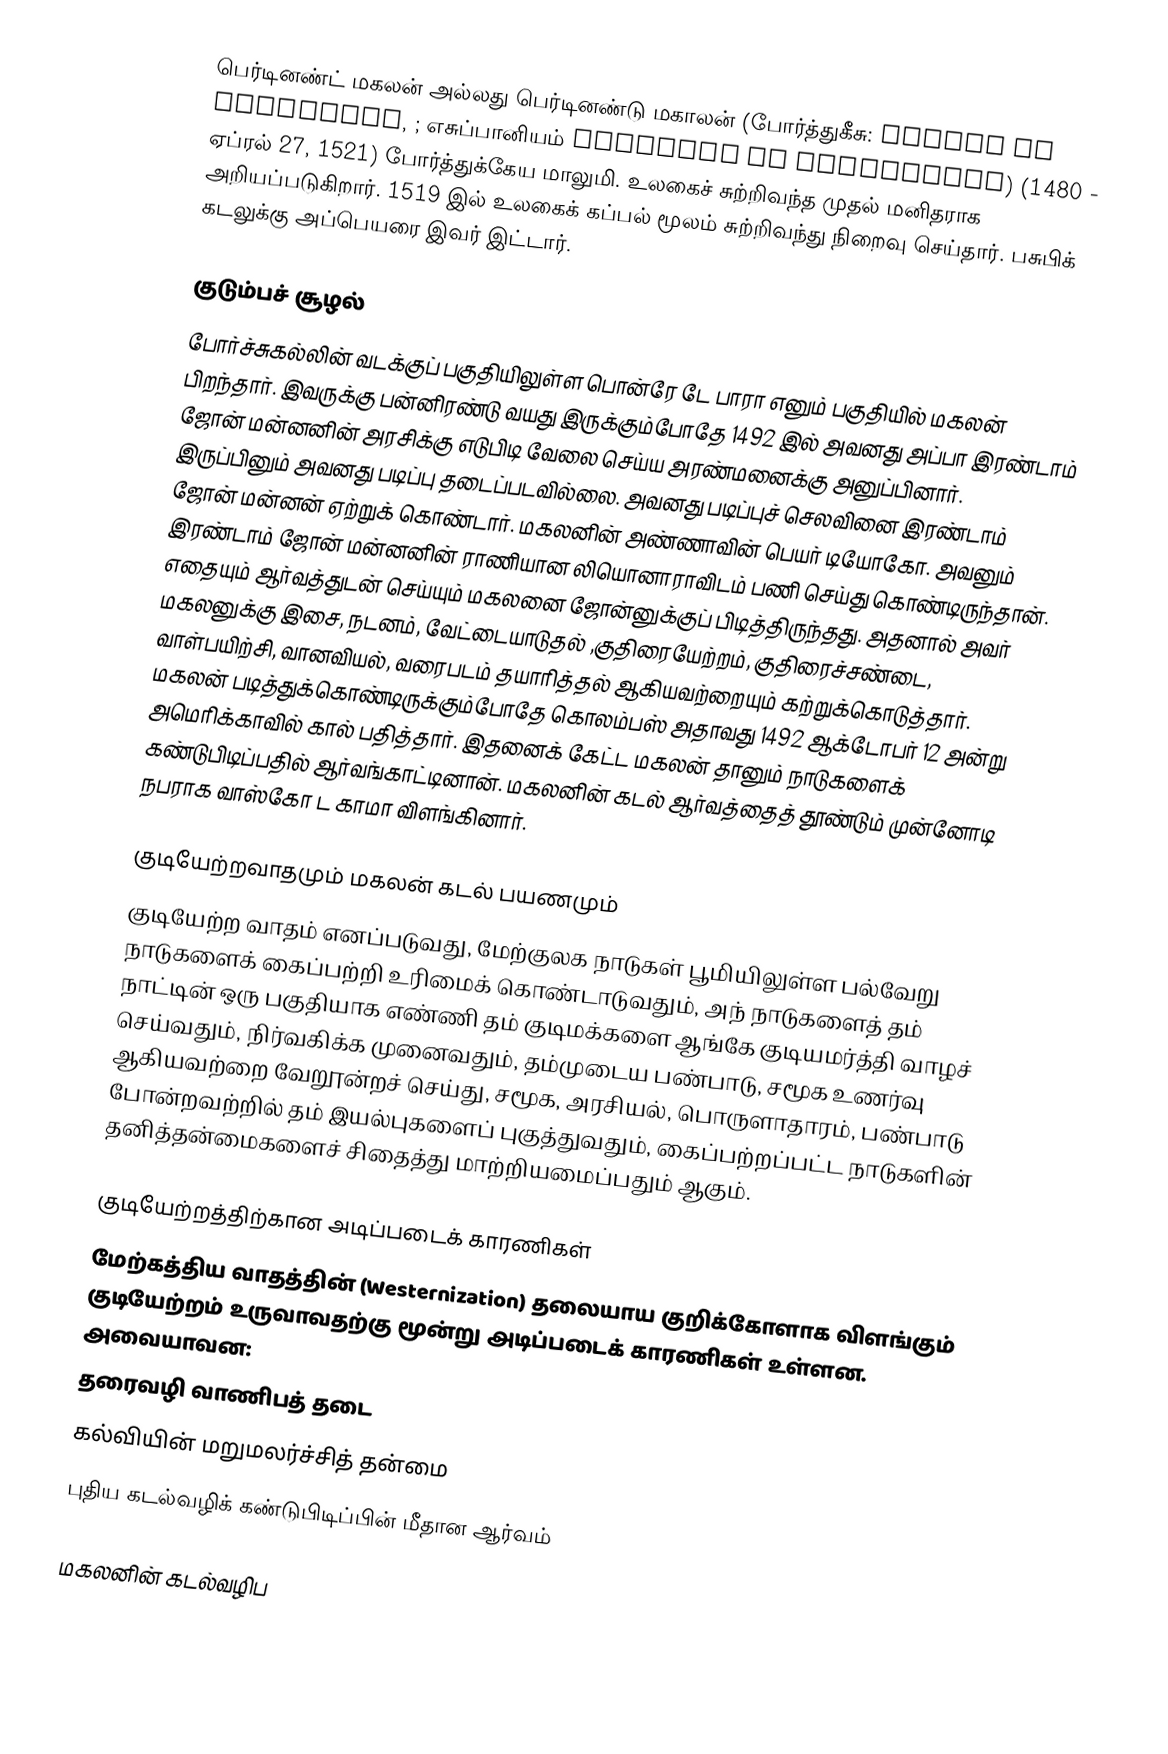
பெர்டினண்ட் மகலன் அல்லது பெர்டினண்டு மகாலன் (போர்த்துகீசு: Fernão de Magalhães, ; எசுப்பானியம் Fernando de Magallanes) (1480 - ஏப்ரல் 27, 1521) போர்த்துக்கேய மாலுமி. உலகைச் சுற்றிவந்த முதல் மனிதராக அறியப்படுகிறார். 1519 இல் உலகைக் கப்பல் மூலம் சுற்றிவந்து நிறைவு செய்தார். பசுபிக் கடலுக்கு அப்பெயரை இவர் இட்டார்.

குடும்பச் சூழல்
போர்ச்சுகல்லின் வடக்குப் பகுதியிலுள்ள பொன்ரே டே பாரா எனும் பகுதியில் மகலன் பிறந்தார். இவருக்கு பன்னிரண்டு வயது இருக்கும்போதே 1492 இல் அவனது அப்பா இரண்டாம் ஜோன் மன்னனின் அரசிக்கு எடுபிடி வேலை செய்ய அரண்மனைக்கு அனுப்பினார். இருப்பினும் அவனது படிப்பு தடைப்படவில்லை. அவனது படிப்புச் செலவினை இரண்டாம் ஜோன் மன்னன் ஏற்றுக் கொண்டார். மகலனின் அண்ணாவின் பெயர் டியோகோ. அவனும் இரண்டாம் ஜோன் மன்னனின் ராணியான லியொனாராவிடம் பணி செய்து கொண்டிருந்தான். எதையும் ஆர்வத்துடன் செய்யும் மகலனை ஜோன்னுக்குப் பிடித்திருந்தது. அதனால் அவர் மகலனுக்கு இசை, நடனம், வேட்டையாடுதல் ,குதிரையேற்றம், குதிரைச்சண்டை, வாள்பயிற்சி, வானவியல், வரைபடம் தயாரித்தல் ஆகியவற்றையும் கற்றுக்கொடுத்தார். மகலன் படித்துக்கொண்டிருக்கும்போதே கொலம்பஸ் அதாவது 1492 ஆக்டோபர் 12 அன்று அமெரிக்காவில் கால் பதித்தார். இதனைக் கேட்ட மகலன் தானும் நாடுகளைக் கண்டுபிடிப்பதில் ஆர்வங்காட்டினான். மகலனின் கடல் ஆர்வத்தைத் தூண்டும் முன்னோடி நபராக வாஸ்கோ ட காமா விளங்கினார்.

குடியேற்றவாதமும் மகலன் கடல் பயணமும்
குடியேற்ற வாதம் எனப்படுவது, மேற்குலக நாடுகள் பூமியிலுள்ள பல்வேறு நாடுகளைக் கைப்பற்றி உரிமைக் கொண்டாடுவதும், அந் நாடுகளைத் தம் நாட்டின் ஒரு பகுதியாக எண்ணி தம் குடிமக்களை ஆங்கே குடியமர்த்தி வாழச் செய்வதும், நிர்வகிக்க முனைவதும், தம்முடைய பண்பாடு, சமூக உணர்வு ஆகியவற்றை வேறூன்றச் செய்து, சமூக, அரசியல், பொருளாதாரம், பண்பாடு போன்றவற்றில் தம் இயல்புகளைப் புகுத்துவதும், கைப்பற்றப்பட்ட நாடுகளின் தனித்தன்மைகளைச் சிதைத்து மாற்றியமைப்பதும் ஆகும்.

குடியேற்றத்திற்கான அடிப்படைக் காரணிகள்
மேற்கத்திய வாதத்தின் (Westernization) தலையாய குறிக்கோளாக விளங்கும் குடியேற்றம் உருவாவதற்கு மூன்று அடிப்படைக் காரணிகள் உள்ளன. அவையாவன:
 தரைவழி வாணிபத் தடை
 கல்வியின் மறுமலர்ச்சித் தன்மை
 புதிய கடல்வழிக் கண்டுபிடிப்பின் மீதான ஆர்வம்

மகலனின் கடல்வழிப